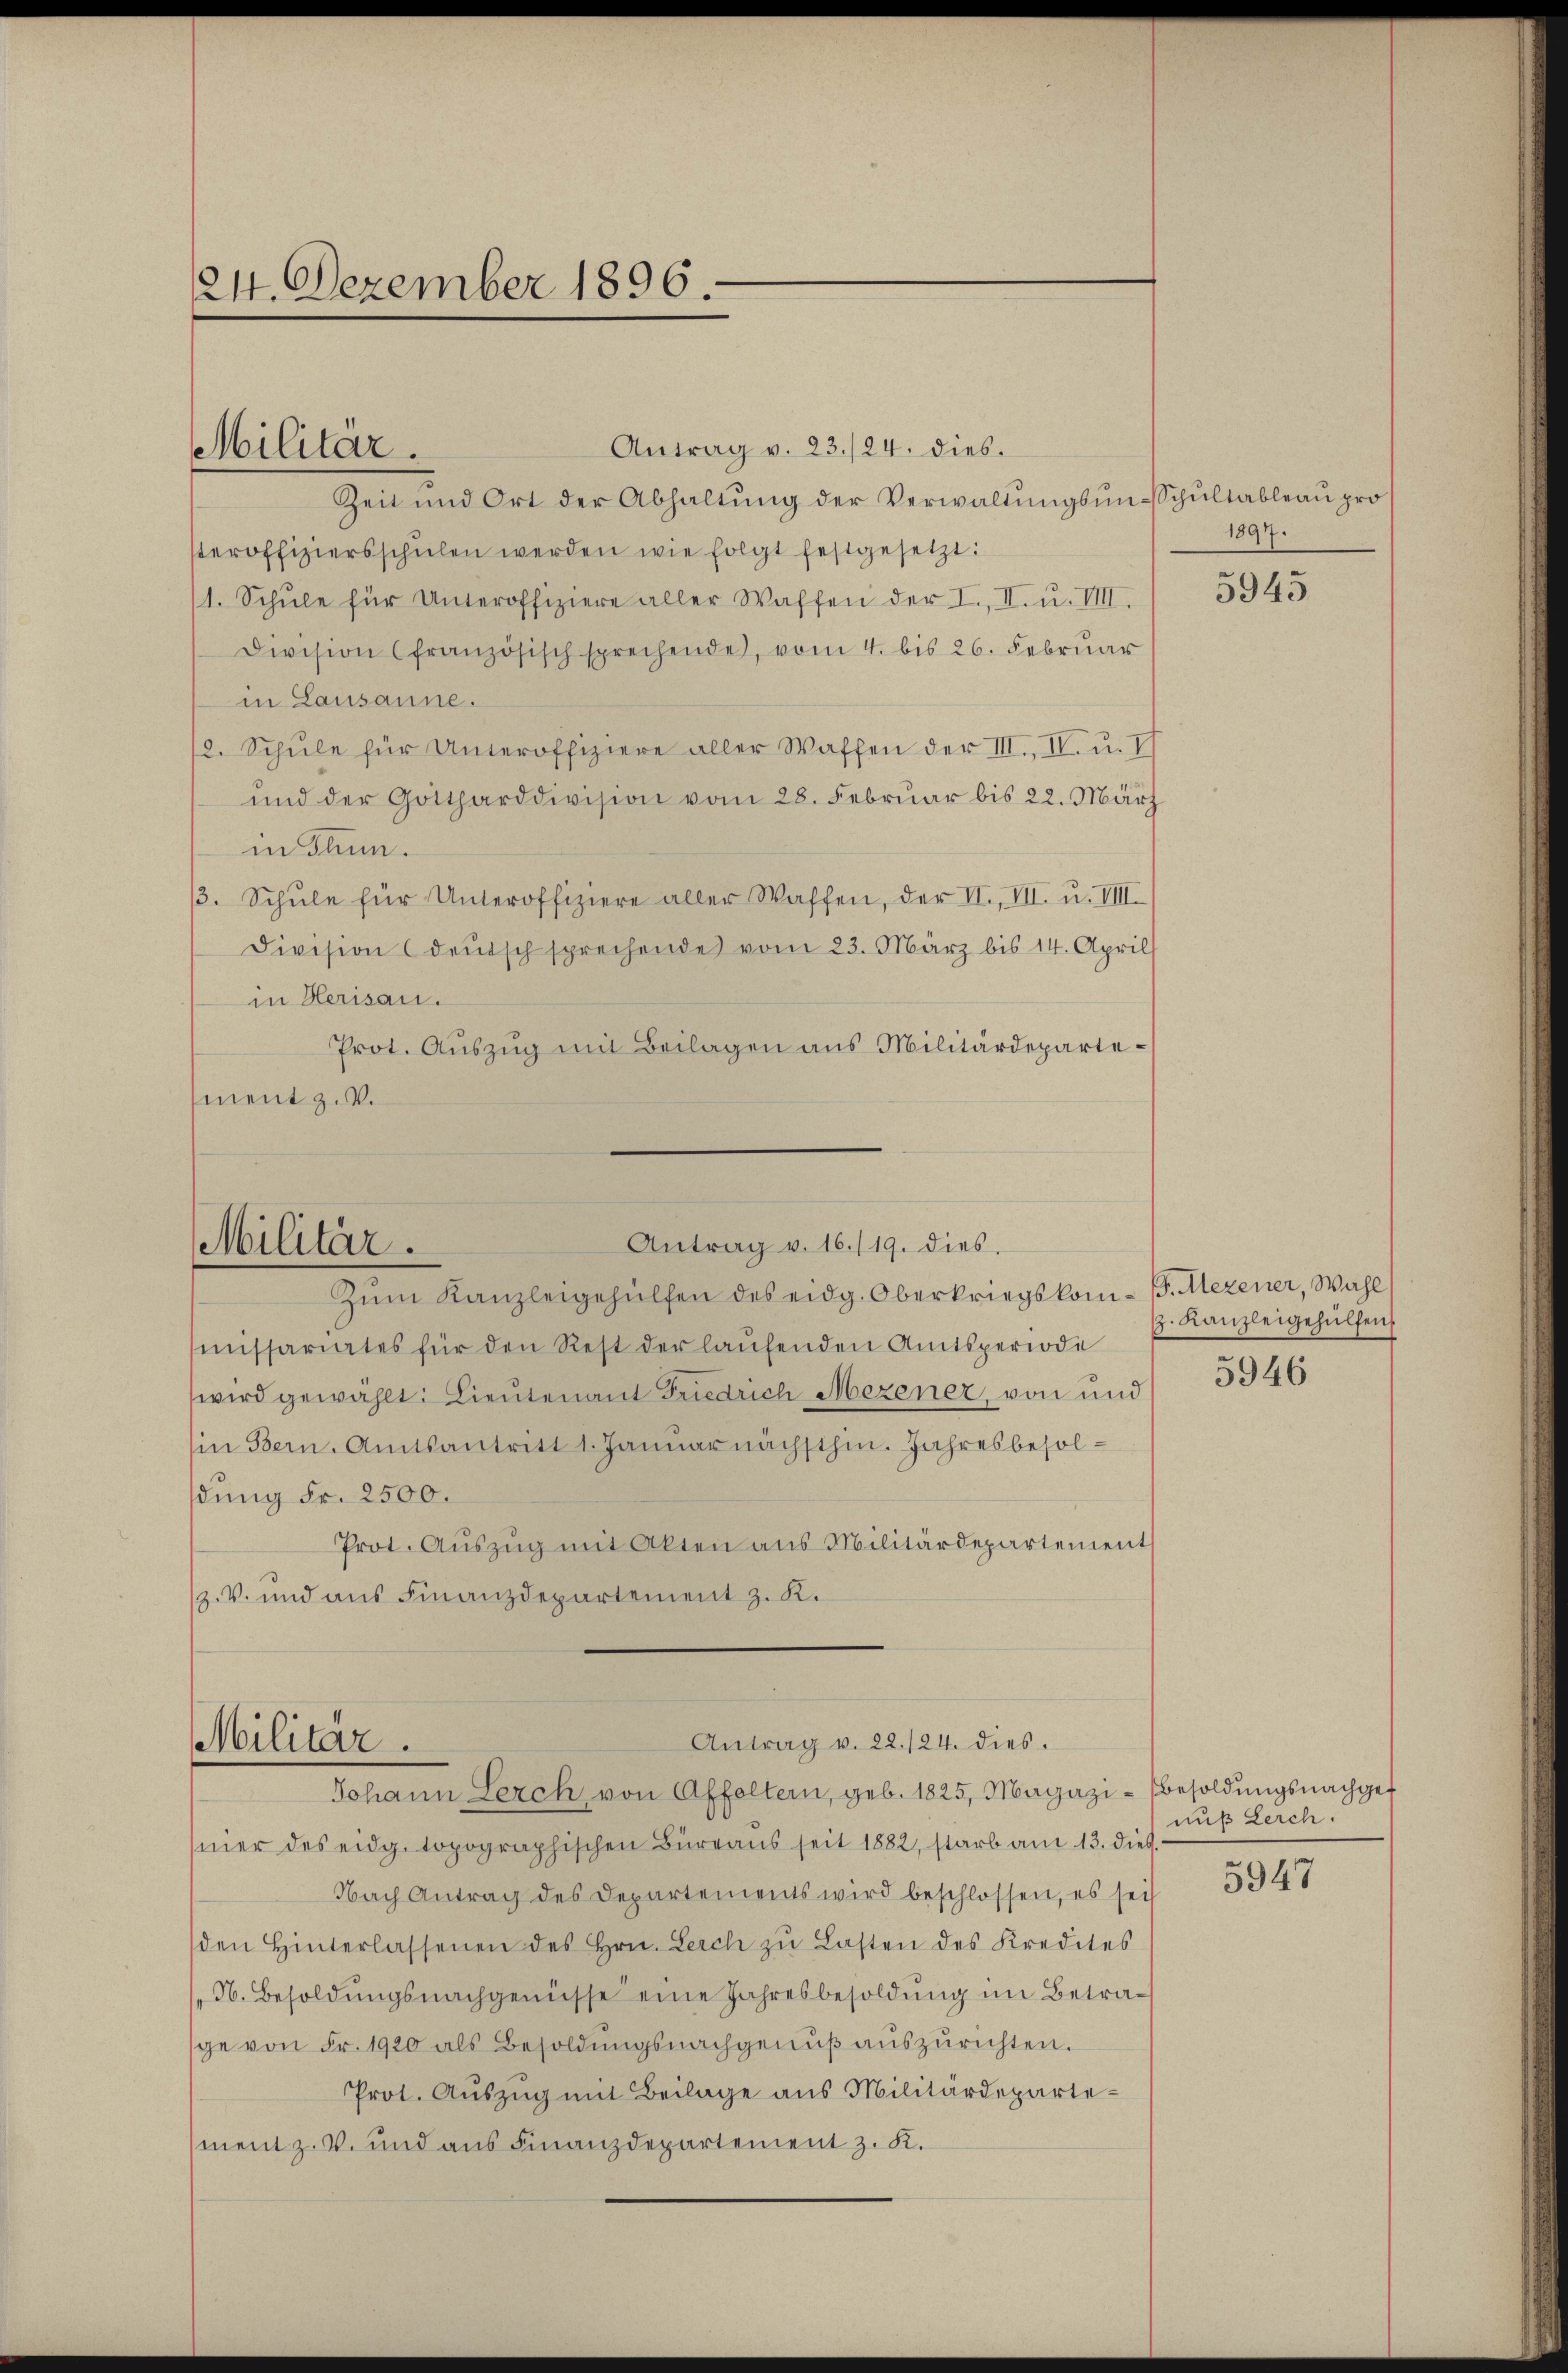
1214. Dezember 1896.

Militär.

Antrag v. 23./24. dies.
Zeit und Ort der Abhaltŭng der Verwaltŭngsŭn-Schultableau pro
steroffiziersschulen werden wie folgt festgesetzt:
1. Schŭle für Unteroffiziere aller Waffen der I., II. u. VIII.
Division (französisch sprechende, vom 4. bis 26. Februar
in Lausanne.
2. Schŭle für Unteroffiziere aller Waffen der III., IV. u. Ich
und der Gottharddivision vom 28. Februar bis 22. März
in Thun.
3. Schŭle für Unteroffiziere aller Waffen, der II., VII. u. VIII.
Division (deŭtsch sprechende vom 23. März bis 14. April
in Herisau.
Prot. Auszug mit Beilagen aus Militärdepartement z.V.

Antrag v. 16./19. dies
Militär.

Zŭm Kanzleigehülfen des eidg. Oberkriegskom- B. Mezener, Wahl
missariates für den Rest der laŭfenden Amtsperiode
wird gewählt: Lieutenant Friedrich Mezener, von und
in Bern. Amtsantritt 1. Januar nächsthin. Jahresbesoldung Fr. 2500.
Prot. Aŭszŭg mit Akten aus Militärdepartement
z. V. und aus Finanzdepartement z. K.

Antrag v. 22./24. dies.
Militär.
Johann Serch von Affoltern, geb. 1825, Magazi-Besoldŭngsnachgef

mier des eidg. topographischen Büreaŭs seit 1882, starb am 13. dieß.
Nach Antrag des Departements wird beschlossen, es sei
den Hinterlassenen des Hrn. Leich zŭ Lasten des Kredites
N. Besoldŭngsnachgenüsse eine Jahresbesoldŭng im Betrage von Fr. 1920 als Besoldŭngsnachgenŭβ aŭszŭrichten.
Prot. Auszug mit Beilage aus Militärdepartement z. V. und aus Finanzdepartement z. K.

1897.

5945

. Kanzleigehülfen.

5946

nuß Lerch.

5947